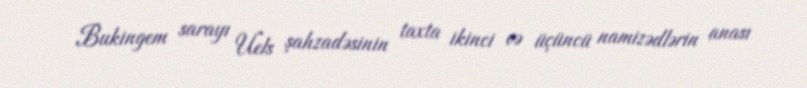
Bukingem sarayı Uels şahzadəsinin taxta ikinci və üçüncü namizədlərin anası